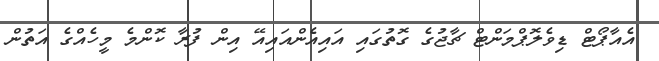
އެއާޕޯޓް ޑިވެލޮޕްމަންޓް ޗާޖުގެ ގޮތުގައި އައިއެންއައިއޭ އިން ފުރާ ކޮންމެ މީހެއްގެ އަތުން